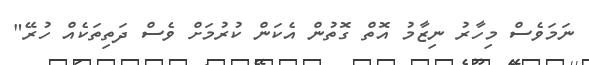
ނަމަވެސް މިހާރު ނިޒާމު އޮތް ގޮތުން އެކަން ކުރުމަށް ވެސް ދަތިތަކެއް ހުރޭ"